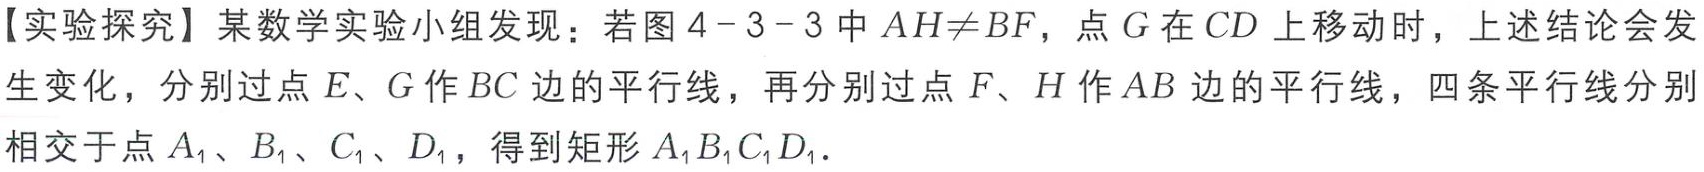
【实验探究】某数学实验小组发现：若图 4 - 3 - 3 中 \(AH\neq BF\)，点 \(G\) 在 \(CD\) 上移动时，上述结论会发生变化，分别过点 \(E、G\) 作 \(BC\) 边的平行线，再分别过点 \(F、H\) 作 \(AB\) 边的平行线，四条平行线分别相交于点 \(A_1、B_1、C_1、D_1\)，得到矩形 \(A_1B_1C_1D_1\)．